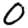
Digit: 0